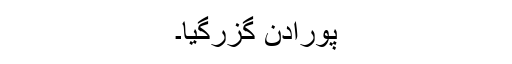
پورادن گزرگیا۔